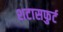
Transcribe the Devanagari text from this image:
शटासफुर्ट